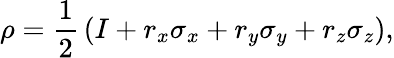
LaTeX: \rho={\frac{1}{2}}\left(I+r_{x}\sigma_{x}+r_{y}\sigma_{y}+r_{z}\sigma_{z}\right),